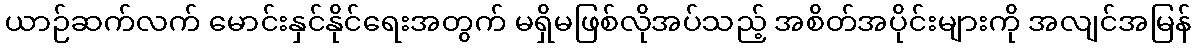
ယာဉ်ဆက်လက် မောင်းနှင်နိုင်ရေးအတွက် မရှိမဖြစ်လိုအပ်သည့် အစိတ်အပိုင်းများကို အလျင်အမြန်